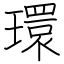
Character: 環